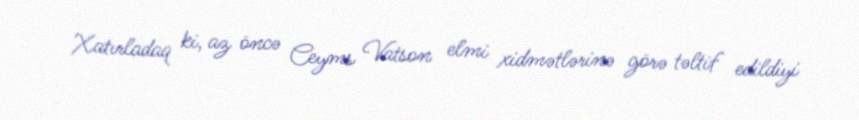
Xatırladaq ki, az öncə Ceyms Vatson elmi xidmətlərinə görə təltif edildiyi